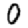
Digit: 0